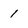
Character: 1